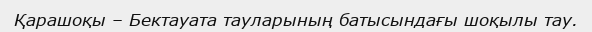
Қарашоқы – Бектауата тауларының батысындағы шоқылы тау.